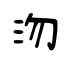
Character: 沕